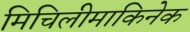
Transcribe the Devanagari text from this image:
मिचिलीमाकिनेक